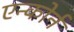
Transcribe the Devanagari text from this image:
एन्कोर्न